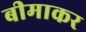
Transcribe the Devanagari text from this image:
बीमाकर